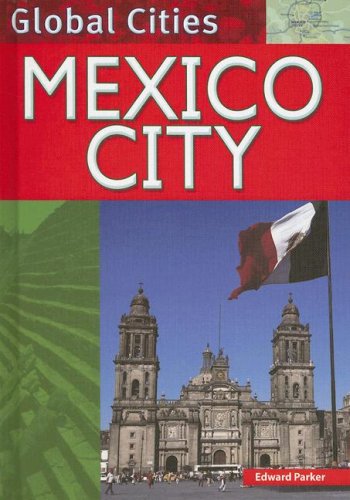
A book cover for Mexico City (Global Cities)**Out of Print**; Edward Parker; Teen & Young Adult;